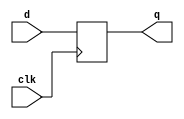
`timescale 1ns / 1ps
//////////////////////////////////////////////////////////////////////////////////
// Company: 
// Engineer: 
// 
// Design Name: 
// Module Name: dff
// Project Name: 
// Target Devices: 
// Tool Versions: 
// Description: 
// 
// Dependencies: 
// 
// Revision:
// Revision 0.01 - File Created
// Additional Comments:
// 
//////////////////////////////////////////////////////////////////////////////////


module dff(
input d,
input clk,
output reg q
    );
always@(posedge clk)
q<=d;
endmodule